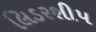
લિડરશીપ